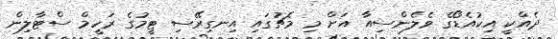
ދެއްކީ އިކުއެޑޯގެ ވެލެންސިއާ އަށް މި މެޗުގައި އިނގިރޭސި ޓީމުގެ ރަހީމް ސްޓާލިން